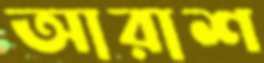
আরাশ